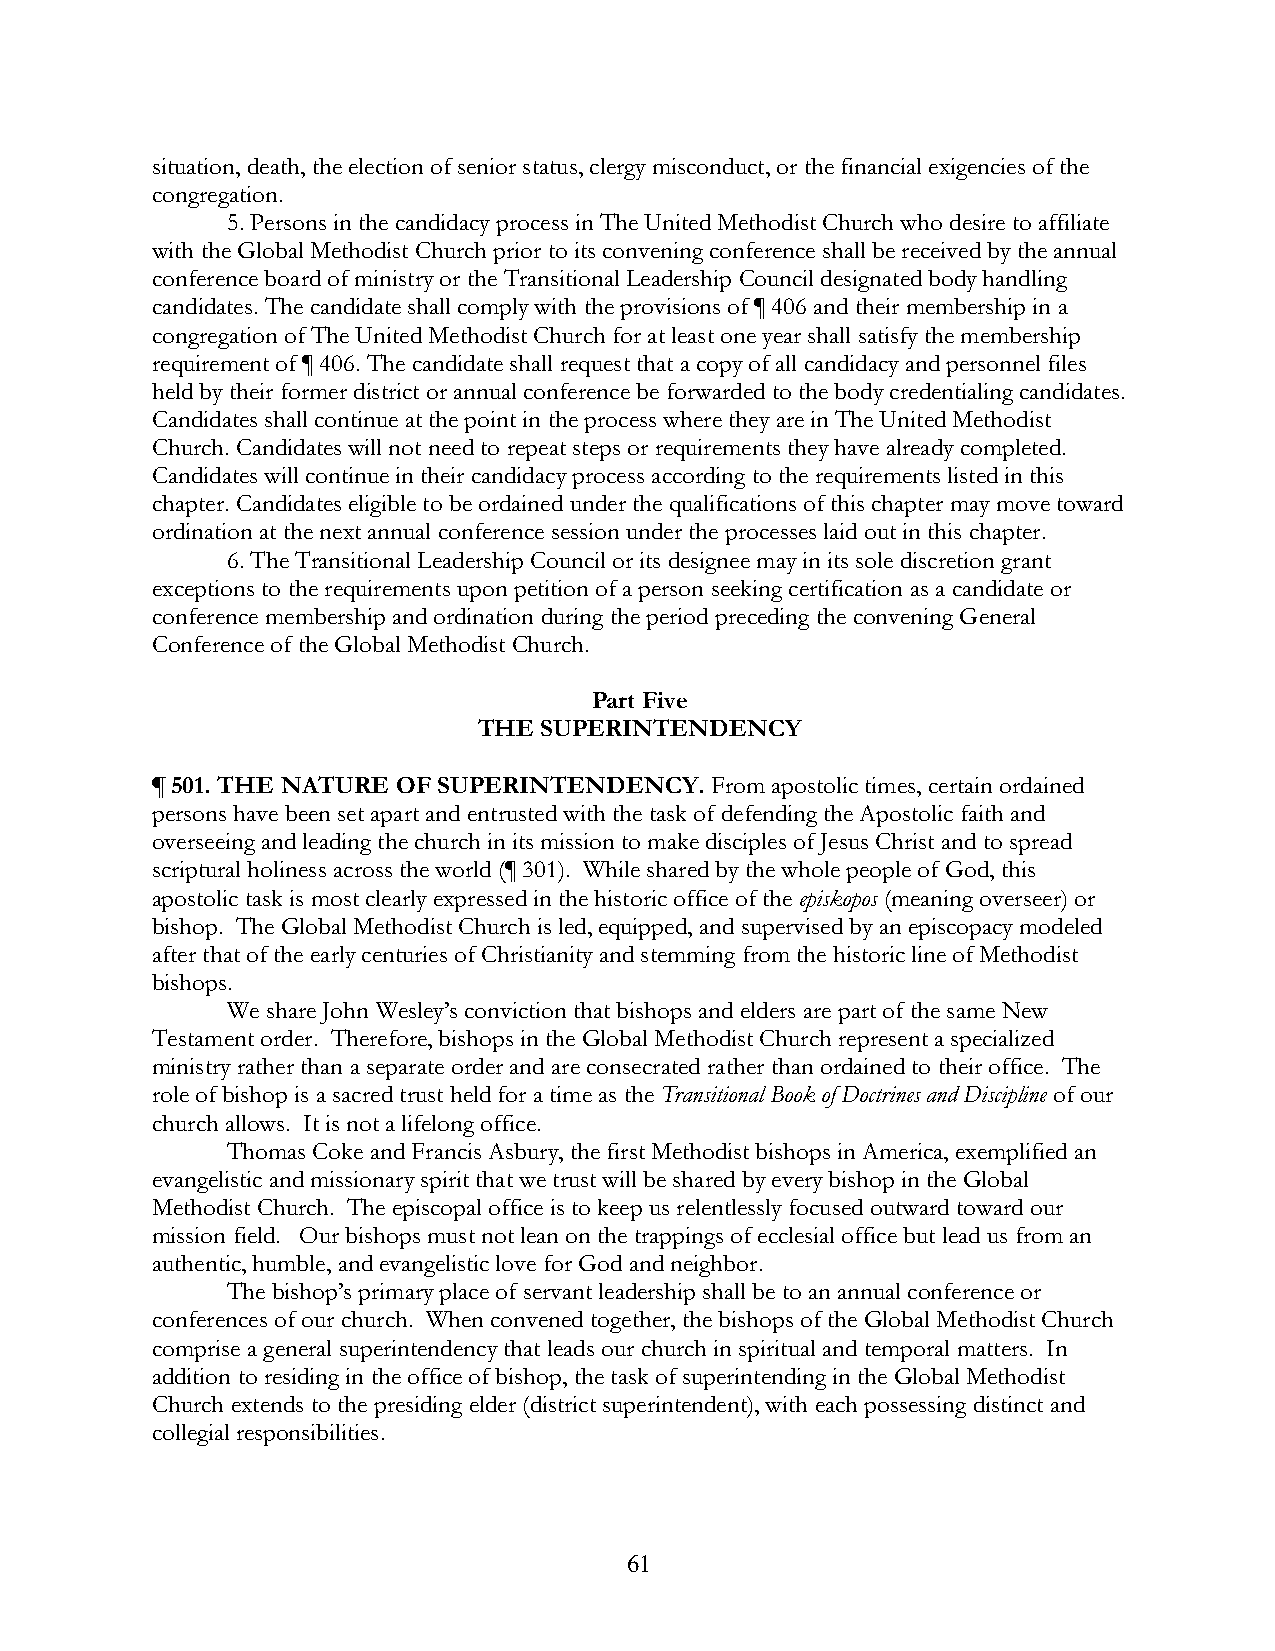
situation, death, the election of senior status, clergy misconduct, or the financial exigencies of the
 congregation.
 5. Persons in the candidacy process in The United Methodist Church who desire to affiliate
 with the Global Methodist Church prior to its convening conference shall be received by the annual
 conference board of ministry or the Transitional Leadership Council designated body handling
 candidates. The candidate shall comply with the provisions of ¶ 406 and their membership in a
 congregation of The United Methodist Church for at least one year shall satisfy the membership
 requirement of ¶ 406. The candidate shall request that a copy of all candidacy and personnel files
 held by their former district or annual conference be forwarded to the body credentialing candidates.
 Candidates shall continue at the point in the process where they are in The United Methodist
 Church. Candidates will not need to repeat steps or requirements they have already completed.
 Candidates will continue in their candidacy process according to the requirements listed in this
 chapter. Candidates eligible to be ordained under the qualifications of this chapter may move toward
 ordination at the next annual conference session under the processes laid out in this chapter.
 6. The Transitional Leadership Council or its designee may in its sole discretion grant
 exceptions to the requirements upon petition of a person seeking certification as a candidate or
 conference membership and ordination during the period preceding the convening General
 Conference of the Global Methodist Church.
 Part Five
 THE SUPERINTENDENCY
 ¶ 501. THE NATURE OF SUPERINTENDENCY. From apostolic times, certain ordained
 persons have been set apart and entrusted with the task of defending the Apostolic faith and
 overseeing and leading the church in its mission to make disciples of Jesus Christ and to spread
 scriptural holiness across the world (¶ 301). While shared by the whole people of God, this
 apostolic task is most clearly expressed in the historic office of the episkopos (meaning overseer) or
 bishop. The Global Methodist Church is led, equipped, and supervised by an episcopacy modeled
 after that of the early centuries of Christianity and stemming from the historic line of Methodist
 bishops.
 We share John Wesley’s conviction that bishops and elders are part of the same New
 Testament order. Therefore, bishops in the Global Methodist Church represent a specialized
 ministry rather than a separate order and are consecrated rather than ordained to their office. The
 role of bishop is a sacred trust held for a time as the Transitional Book of Doctrines and Discipline of our
 church allows. It is not a lifelong office.
 Thomas Coke and Francis Asbury, the first Methodist bishops in America, exemplified an
 evangelistic and missionary spirit that we trust will be shared by every bishop in the Global
 Methodist Church. The episcopal office is to keep us relentlessly focused outward toward our
 mission field. Our bishops must not lean on the trappings of ecclesial office but lead us from an
 authentic, humble, and evangelistic love for God and neighbor.
 The bishop’s primary place of servant leadership shall be to an annual conference or
 conferences of our church. When convened together, the bishops of the Global Methodist Church
 comprise a general superintendency that leads our church in spiritual and temporal matters. In
 addition to residing in the office of bishop, the task of superintending in the Global Methodist
 Church extends to the presiding elder (district superintendent), with each possessing distinct and
 collegial responsibilities.
 61